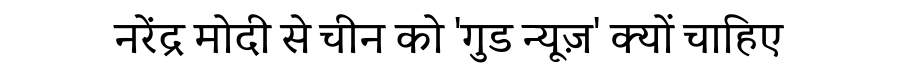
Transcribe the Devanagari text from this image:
नरेंद्र मोदी से चीन को 'गुड न्यूज़' क्यों चाहिए